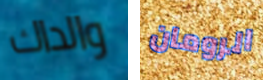
والداك الرومان